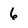
Character: 6